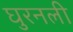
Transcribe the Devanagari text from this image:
घुरनली